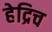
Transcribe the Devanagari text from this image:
हेद्रिच